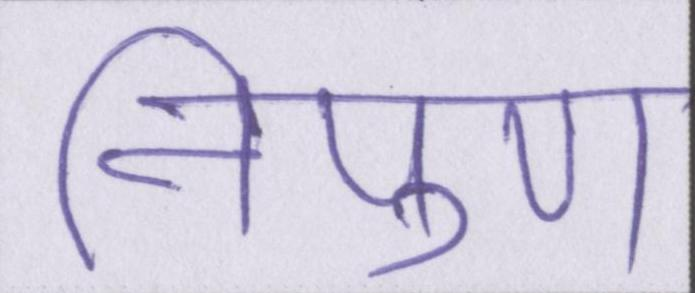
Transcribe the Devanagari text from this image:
निपुण